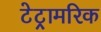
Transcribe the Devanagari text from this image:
टेट्रामरिक